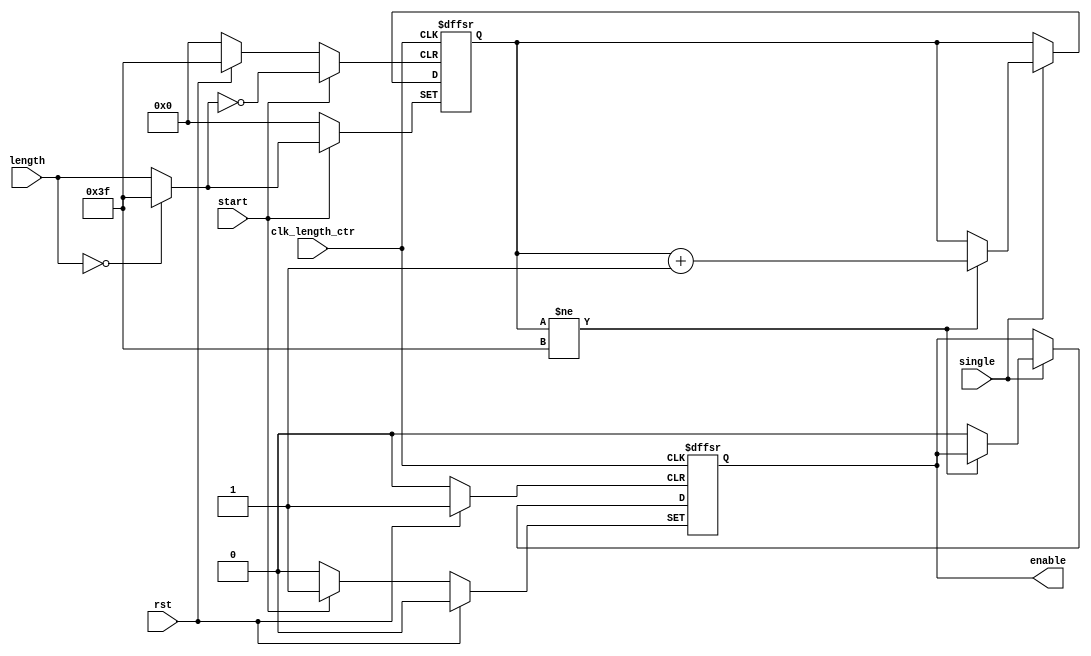
`timescale 1ns / 1ns
//////////////////////////////////////////////////////////////////////////////////
// Company:
//
// Module Name:    sound_length_ctr
// Project Name:   VerilogBoy
// Description:
//   Sound length control for all channels
// Dependencies:
//   none
// Additional Comments:
//   Channel 3 has a different length
//////////////////////////////////////////////////////////////////////////////////
module sound_length_ctr(rst, clk_length_ctr, start, single, length, enable);
    parameter WIDTH = 6; // 6bit for Ch124, 8bit for Ch3

    input rst;
    input clk_length_ctr;
    input start;
    input single;
    input [WIDTH-1:0] length;
    output reg enable = 0;

    reg [WIDTH-1:0] length_left = {WIDTH{1'b1}}; // Upcounter from length to 255

    // Length Control
    always @(posedge clk_length_ctr, posedge start, posedge rst)
    begin
        if (rst) begin
            enable <= 1'b0;
            length_left <= 0;
        end
        else if (start) begin
            enable <= 1'b1;
            length_left <= (length == 0) ? ({WIDTH{1'b1}}) : (length);
        end
        else begin
            if (single) begin
                if (length_left != {WIDTH{1'b1}})
                    length_left <= length_left + 1'b1;
                else
                    enable <= 1'b0;
            end
        end
    end

endmodule